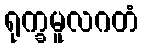
ရုက္ခမူလဂတံ